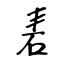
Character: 砉